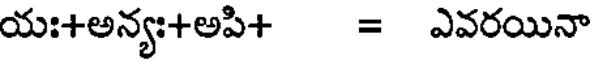
యః+అన్యః+అపి+ = ఎవరయినా